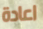
اعادة